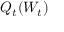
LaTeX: Q _ { t } ( W _ { t } )